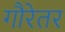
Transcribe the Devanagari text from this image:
गौरेतर